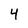
Character: 4